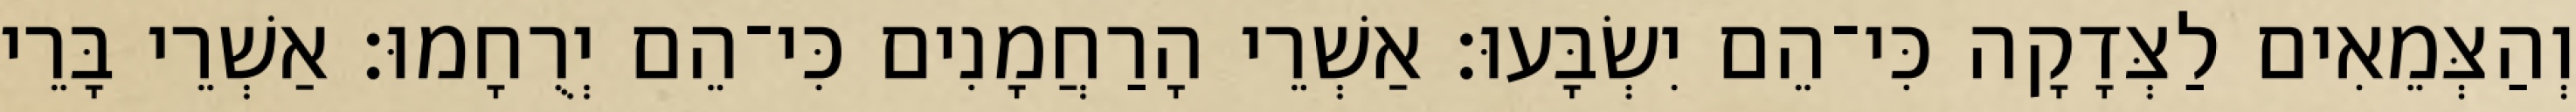
וְהַצְּמֵאִים לַצְּדָקָה כִּי־הֵם יִשְׂבָּעוּ׃ אַשְׁרֵי הָרַחֲמָנִים כִּי־הֵם יְרֻחָמוּ׃ אַשְׁרֵי בָּרֵי